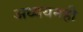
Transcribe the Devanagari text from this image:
अध्ययनही